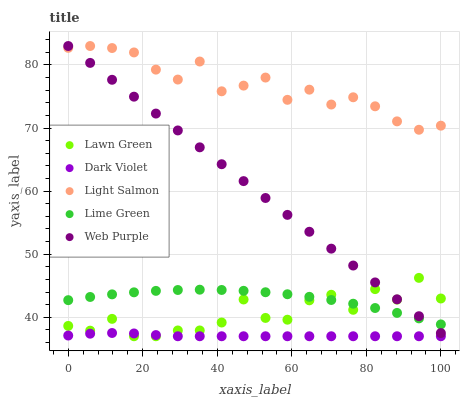
| xaxis_label | Lawn Green | Dark Violet | Light Salmon | Lime Green | Web Purple |
 | --- | --- | --- | --- | --- | --- |
 | 0 | 38.6 | 37.1 | 82.7 | 42.7 | 83 |
 | 5.88 | 37.9 | 37.4 | 83 | 43.2 | 80.3 |
 | 11.8 | 39.8 | 37.5 | 82.7 | 43.6 | 77.6 |
 | 17.6 | 37 | 37.4 | 82 | 44 | 75 |
 | 23.5 | 37 | 37.2 | 79.3 | 44.2 | 72.3 |
 | 29.4 | 37.9 | 37 | 77.7 | 44.3 | 69.6 |
 | 35.3 | 37.9 | 37 | 80.5 | 44.4 | 66.9 |
 | 41.2 | 39.2 | 37 | 75.8 | 44.3 | 64.3 |
 | 47.1 | 42.8 | 37 | 76.7 | 44.2 | 61.6 |
 | 52.9 | 39.9 | 37 | 78 | 44 | 58.9 |
 | 58.8 | 39.6 | 37 | 74.5 | 43.7 | 56.2 |
 | 64.7 | 42.7 | 37 | 76.1 | 43.2 | 53.6 |
 | 70.6 | 43.6 | 37 | 73.7 | 42.7 | 50.9 |
 | 76.5 | 41.2 | 37 | 74.9 | 42.2 | 48.2 |
 | 82.4 | 44.5 | 37 | 73.4 | 41.5 | 45.5 |
 | 88.2 | 42.8 | 37 | 71.1 | 40.7 | 42.9 |
 | 94.1 | 46.3 | 37 | 69.7 | 39.8 | 40.2 |
 | 100 | 43 | 37 | 70.4 | 38.9 | 37.5 |